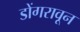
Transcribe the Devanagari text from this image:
डोंगरावून